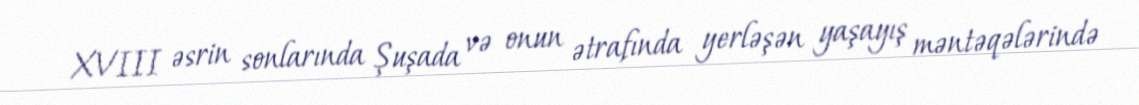
XVIII əsrin sonlarında Şuşada və onun ətrafında yerləşən yaşayış məntəqələrində